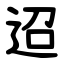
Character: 迢